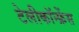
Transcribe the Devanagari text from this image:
टेलीकॉन्फ्रेंस